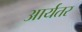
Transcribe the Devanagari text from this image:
आर्यतर